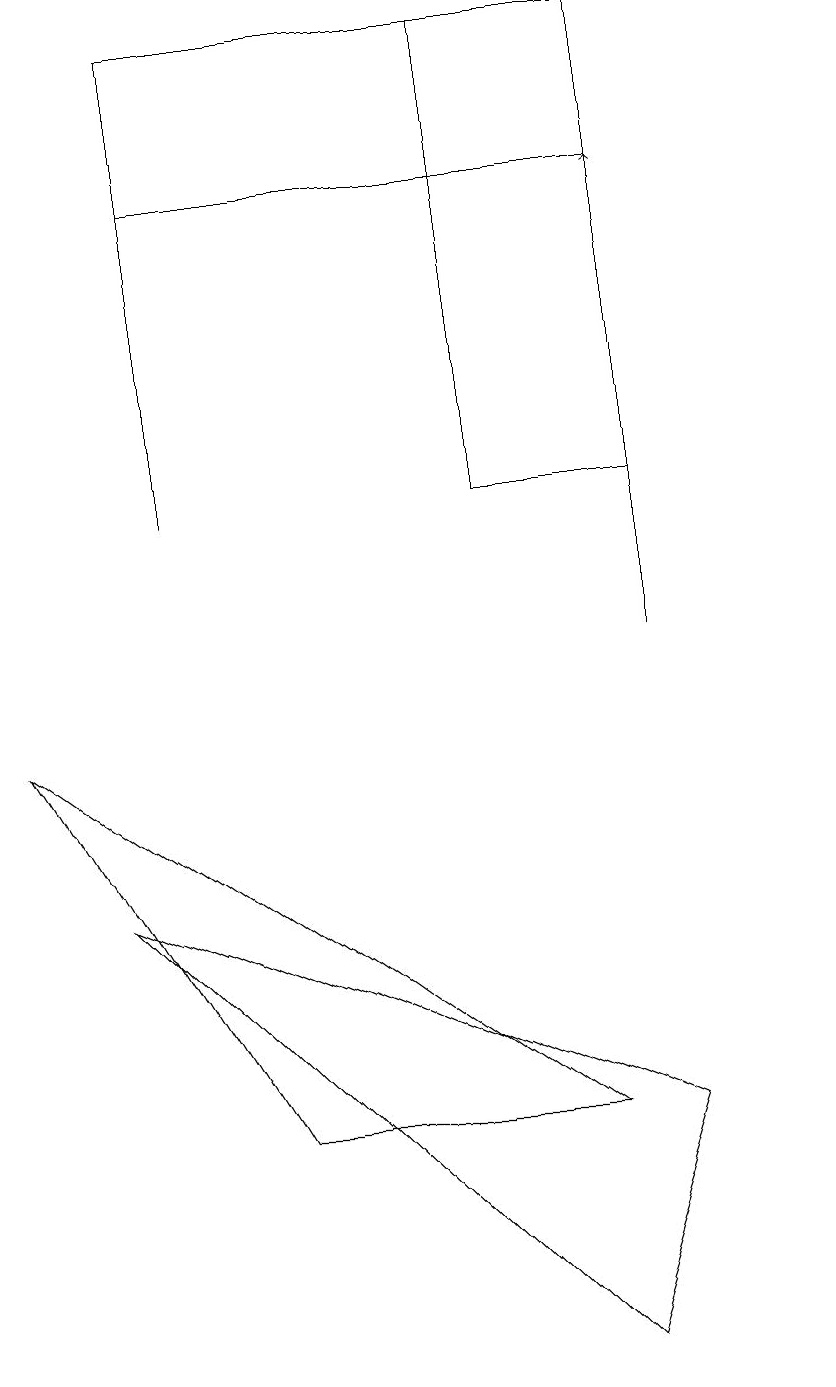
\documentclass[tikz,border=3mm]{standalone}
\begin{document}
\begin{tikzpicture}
\draw (9,16) rectangle (3,18);
\draw[->] (9,10) -- (9,16);
\draw (9,18) rectangle (7,12);
\draw (3,17) rectangle (3,12);
\draw (11,11) circle (0);
\draw (8,1) -- (9,4) -- (2,7) -- cycle;
\draw (8,4) -- (4,4) -- (1,9) -- cycle;
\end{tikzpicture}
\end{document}